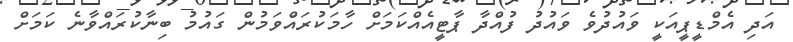
އަދި އެމްޑީޕީއަކީ ވައުދުވެ ވައުދު ފުއްދާ ޕާޓީއެއްކަމަށް ހާމަކުރައްވަމުން ގައުމު ބިނާކުރައްވާނެ ކަމަށް